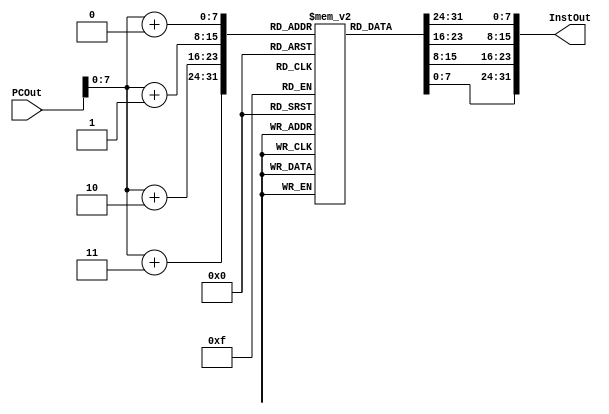
`timescale 1ns / 1ps

module Instruction_Memory(PCOut, InstOut);
	input [63:0] PCOut;
	output  [31:0] InstOut;
	reg [7:0] IM [0:255];

		 assign InstOut = {IM[PCOut+0], IM[PCOut+1], IM[PCOut+2], IM[PCOut+3]};

	initial
	begin
		// Load First Value
		IM[0] = 8'hF8; //11111000
		IM[1] = 8'h42; //01000010
		IM[2] = 8'h80; //10000000
		IM[3] = 8'h05; //00000101
		// Load Second Value
		IM[4] = 8'hF8; //11111000
		IM[5] = 8'h45; //01000101
		IM[6] = 8'h00; //00000000
		IM[7] = 8'h0A; //00001010
		//ADD
		IM[8] = 8'h8B; //10001011
		IM[9] = 8'h0A; //00001010
		IM[10] = 8'h00; //00000000
		IM[11] = 8'hA1; //10100001
		// Subtract
		IM[12] = 8'hCB; //11001011
		IM[13] = 8'h0A; //00001010
		IM[14] = 8'h00; //00000000
		IM[15] = 8'hA2; //10100010
		// AND
		IM[16] = 8'h8A; //10001010
		IM[17] = 8'h0A; //00001010
		IM[18] = 8'h00; //00000000
		IM[19] = 8'hA3; //10100011
		// OR
		IM[20] = 8'hAA; //10101010
		IM[21] = 8'h0A; //00001010
		IM[22] = 8'h00; //00000000
		IM[23] = 8'hA4; //10100100
		// Store ADD
		IM[24] = 8'hF8; //11111000
		IM[25] = 8'h01; //00000000
		IM[26] = 8'h80; //10000000
		IM[27] = 8'h01; //00000001
		// Store SUB
		IM[28] = 8'hF8; //11111000
		IM[29] = 8'h02; //00000001
		IM[30] = 8'h00; //10010000
		IM[31] = 8'h02; //00000010
		// Store AND
		IM[32] = 8'hF8; //11111000
		IM[33] = 8'h00; //00000000
		IM[34] = 8'hA0; //10100000
		IM[35] = 8'h03; //00000011
		// Store OR
		IM[36] = 8'hF8; //11111000
		IM[37] = 8'h01; //00000000
		IM[38] = 8'h00; //10110000
		IM[39] = 8'h04; //00000100
		
		//             Opcode      Address   00 RN    RD
		//					1986			40			 00 00    5
		//IM[0] = 32'b 11111000010_000101000_00_00000_00101; //Load First Value
		//IM[1] = 32'b 11111000010_001010000_00_00000_01010; //Load Second Value
		////	   		Opcode      RM	   Shamt	 RN	 RT
		////           X           10     0     5     1
		//IM[2] = 32'b 10001011000_01010_000000_00101_00001; // Add X1, X5, X10
		//IM[3] = 32'b 11001011000_01010_000000_00101_00010; // Subtract
		//IM[4] = 32'b 10001010000_01010_000000_00101_00011; // AND
		//IM[5] = 32'b 10101010000_01010_000000_00101_00100; // OR
		////				Opcode       Address	  00 RN	  RT
		////           1984			 8				0	0	  1
		//IM[6] = 32'b 11111000000_000001000_00_00000_00001; // Store Add 08
		//IM[5] = 32'b 11111000 000_00001 0000_00_00 000_00010; // Store Sub 16
		//IM[6] = 32'b 11111000000_000011000_00_00000_00011; // Store And 24
		//IM[7] = 32'b 11111000000_000100000_00_00000_00100; // Store OR  32
	end
	
endmodule